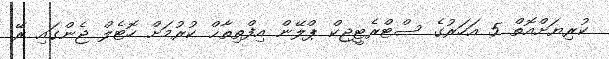
ކުރިޔަށްއޮތް 5 އަހަރުގެ ސްޓްރެޓީޖިކް ޕްލޭން އިފްތިތާޙް ކުރުމަށް ހޮޓެލް ޖެންގައި ރޭ